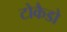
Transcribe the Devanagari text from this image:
टोकैडो